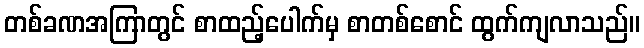
တစ်ခဏအကြာတွင် စာထည့်ပေါက်မှ စာတစ်စောင် ထွက်ကျလာသည်။